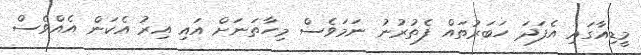
މީޑިއާގައި އެފަދަ ހަބަރުތައް ފެތުރުނު ނަމަވެސް މިހާތަނަށް އައި އިރު އެކަން އެއްވެސް